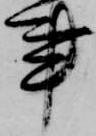
事